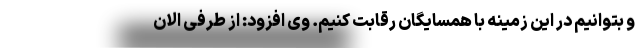
و بتوانیم در این زمینه با همسایگان رقابت کنیم. وی افزود: از طرفی الان